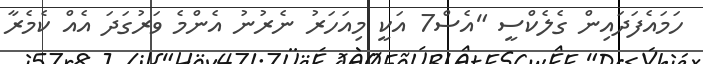
ހަމައެފަދައިން ގެލެކްސީ "އެސް7 އަކީ މިއަހަރު ނެރުނު އެންމެ ވަރުގަދަ އެއް ކެމެރާ